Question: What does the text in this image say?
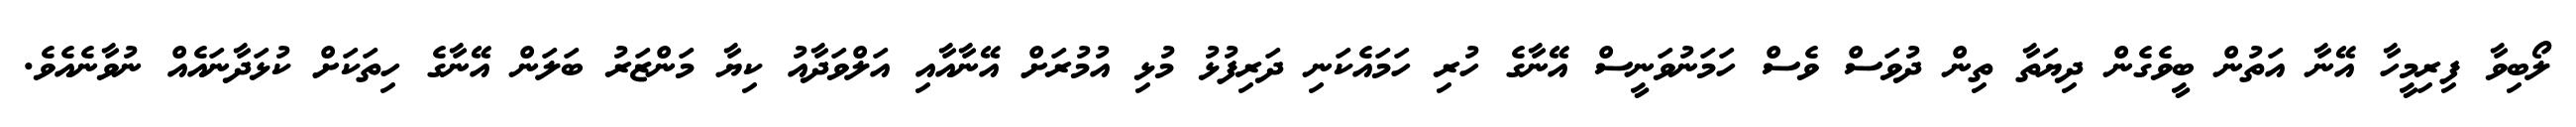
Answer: ލޯބިވާ ފިރިމީހާ އޭނާ އަތުން ބީވެގެން ދިޔަތާ ތިން ދުވަސް ވެސް ހަމަނުވަނީސް އޭނާގެ ހުރި ހަމައެކަނި ދަރިފުޅު މުޅި އުމުރަށް އޭނާއާއި އަލްވަދާއު ކިޔާ މަންޒަރު ބަލަން އޭނާގެ ހިތަކަށް ކުޅަދާނައެއް ނުވާނެއެވެ.